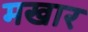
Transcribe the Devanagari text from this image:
मखार